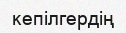
кепілгердің